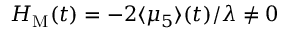
{ \cal H } _ { \mathrm { M } } ( t ) = - 2 \langle \mu _ { 5 } \rangle ( t ) / \lambda \neq 0